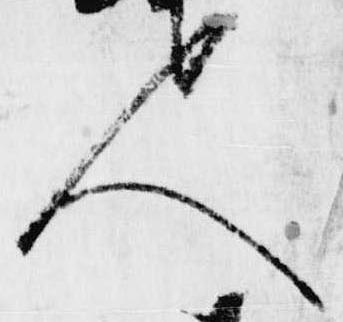
人